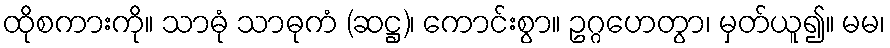
ထိုစကားကို။ သာဓုံ သာဓုကံ (ဆဋ္ဌ)၊ ကောင်းစွာ။ ဥဂ္ဂဟေတွာ၊ မှတ်ယူ၍။ မမ၊